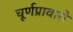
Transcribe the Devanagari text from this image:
चूर्णप्रावारो